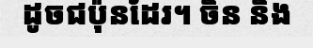
ដូចជប៉ុនដែរ។ ចិន និង